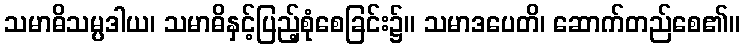
သမာဓိသမ္ပဒါယ၊ သမာဓိနှင့်ပြည့်စုံစေခြင်း၌။ သမာဒပေတိ၊ ဆောက်တည်စေ၏။